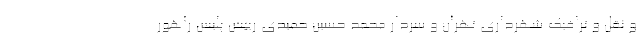
و نقل و ترافیک شهرداری تهران و سردار محمد حسین حمیدی رییس پلیس راهور